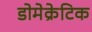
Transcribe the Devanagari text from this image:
डोमेक्रेटिक